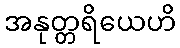
အနုတ္တရိယေဟိ